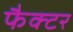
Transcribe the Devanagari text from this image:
फैक्‍टर